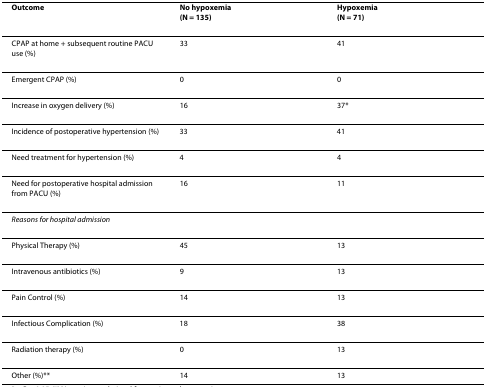
<table><thead><tr><td><b>Outcome</b></td><td><b>No hypoxemia(N = 135)</b></td><td><b>Hypoxemia(N = 71)</b></td></tr></thead><tbody><tr><td>CPAP at home + subsequent routine PACU use (%)</td><td>33</td><td>41</td></tr><tr><td>Emergent CPAP (%)</td><td>0</td><td>0</td></tr><tr><td>Increase in oxygen delivery (%)</td><td>16</td><td>37*</td></tr><tr><td>Incidence of postoperative hypertension (%)</td><td>33</td><td>41</td></tr><tr><td>Need treatment for hypertension (%)</td><td>4</td><td>4</td></tr><tr><td>Need for postoperative hospital admission from PACU (%)</td><td>16</td><td>11</td></tr><tr><td><i>Reasons for hospital admission</i></td><td></td><td></td></tr><tr><td>Physical Therapy (%)</td><td>45</td><td>13</td></tr><tr><td>Intravenous antibiotics (%)</td><td>9</td><td>13</td></tr><tr><td>Pain Control (%)</td><td>14</td><td>13</td></tr><tr><td>Infectious Complication (%)</td><td>18</td><td>38</td></tr><tr><td>Radiation therapy (%)</td><td>0</td><td>13</td></tr><tr><td>Other (%)**</td><td>14</td><td>13</td></tr></tbody></table>